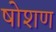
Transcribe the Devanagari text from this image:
षोशण